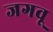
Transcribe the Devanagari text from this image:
जगवू